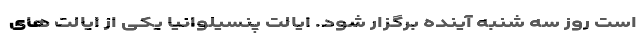
است روز سه شنبه آینده برگزار شود. ایالت پنسیلوانیا یکی از ایالت های